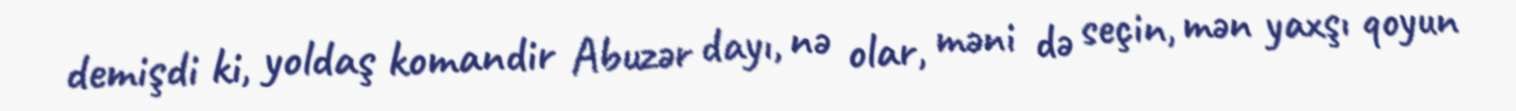
demişdi ki, yoldaş komandir Abuzər dayı, nə olar, məni də seçin, mən yaxşı qoyun